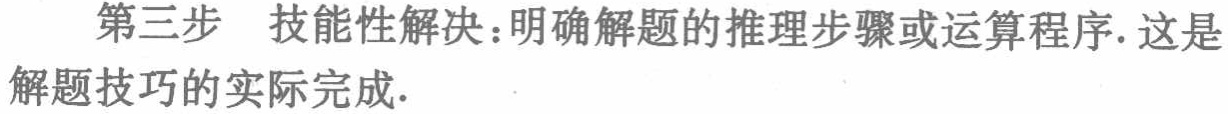
第三步 技能性解决：明确解题的推理步骤或运算程序. 这是解题技巧的实际完成.